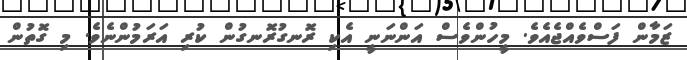
ޒަމާން ފަސްވެއްޖެއެވެ. މީހުންވެސް އަންނަނީ އެކި ރޮނގުރޮނގުން ކުރި އަރަމުންނެވެ. މި ގޮތުން